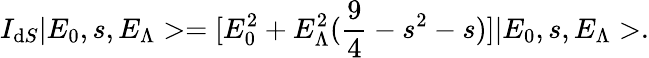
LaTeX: I_{\mathrm{d}S}|E_{0},s,E_{\Lambda}>=[E_{0}^{2}+E_{\Lambda}^{2}(\frac{{9}}{{4}}-s^{2}-s)]|E_{0},s,E_{\Lambda}>.